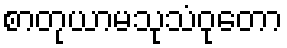
စာတုယာမသုသံဝုတော